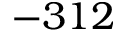
- 3 1 2